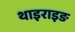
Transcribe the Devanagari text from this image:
थाइराइङ